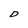
Character: D